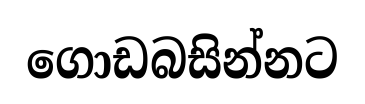
ගොඩබසින්නට